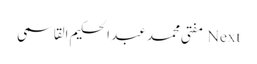
Next مفتی محمد عبد الحکیم القاسمی